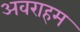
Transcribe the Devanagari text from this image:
अवराहम